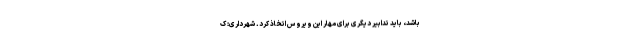
باشد، باید تدابیر دیگری برای مهار این ویروس اتخاذ کرد. شهرداری: ک